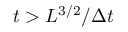
t > L ^ { 3 / 2 } / \Delta t